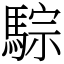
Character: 騌